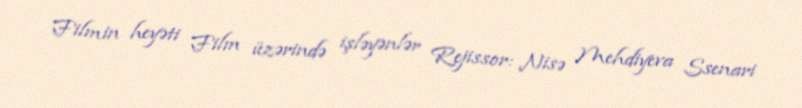
Filmin heyəti Film üzərində işləyənlər Rejissor: Nisə Mehdiyeva Ssenari